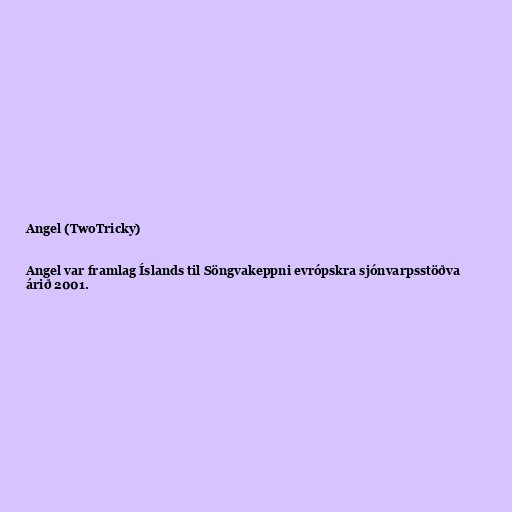
Angel (TwoTricky)

Angel var framlag Íslands til Söngvakeppni evrópskra sjónvarpsstöðva
árið 2001.